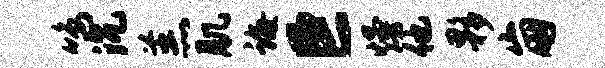
鸣沉羔肌诲巨熳他夥崩